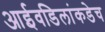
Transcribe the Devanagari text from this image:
आईवडिलांकडेच